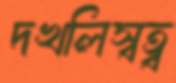
দখলিস্বত্ব